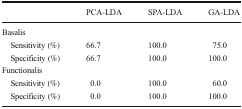
<table><thead><tr><td></td><td><b>PCA-LDA</b></td><td><b>SPA-LDA</b></td><td><b>GA-LDA</b></td></tr></thead><tbody><tr><td colspan="4">Basalis</td></tr><tr><td> Sensitivity (%)</td><td>66.7</td><td>100.0</td><td>75.0</td></tr><tr><td> Specificity (%)</td><td>66.7</td><td>100.0</td><td>100.0</td></tr><tr><td colspan="4">Functionalis</td></tr><tr><td> Sensitivity (%)</td><td>0.0</td><td>100.0</td><td>60.0</td></tr><tr><td> Specificity (%)</td><td>0.0</td><td>100.0</td><td>100.0</td></tr></tbody></table>